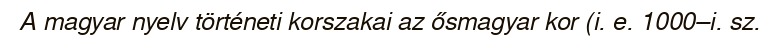
A magyar nyelv történeti korszakai az ősmagyar kor (i. e. 1000–i. sz.